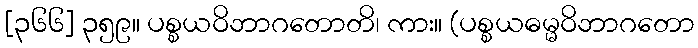
[၃၆၆] ၃၅၉။ ပစ္စယဝိဘာဂတောတိ၊ ကား။ (ပစ္စယဓမ္မဝိဘာဂတော